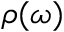
\rho ( \omega )